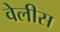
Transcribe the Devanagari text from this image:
वेलीस